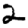
Digit: 2